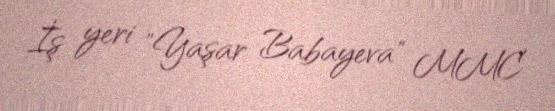
İş yeri "Yaşar Babayeva" MMC